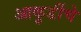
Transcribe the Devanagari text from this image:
आकुर्डीचे